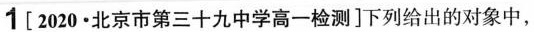
1[2020-北京市第三十九中学高一检测]下列给出的对象中，